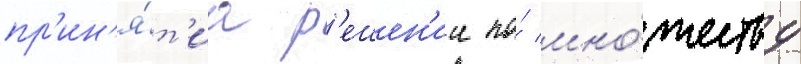
пр'ин'я́т'иа р'ешен'ии по́ мно́жеству